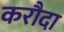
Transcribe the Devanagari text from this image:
करौदा